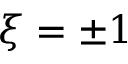
\xi = \pm 1